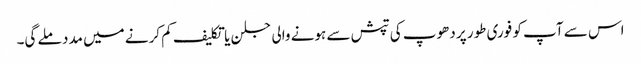
اس سے آپ کو فوری طور پر دھوپ کی تپش سے ہونے والی جلن یا تکلیف کم کرنے میں مدد ملے گی۔